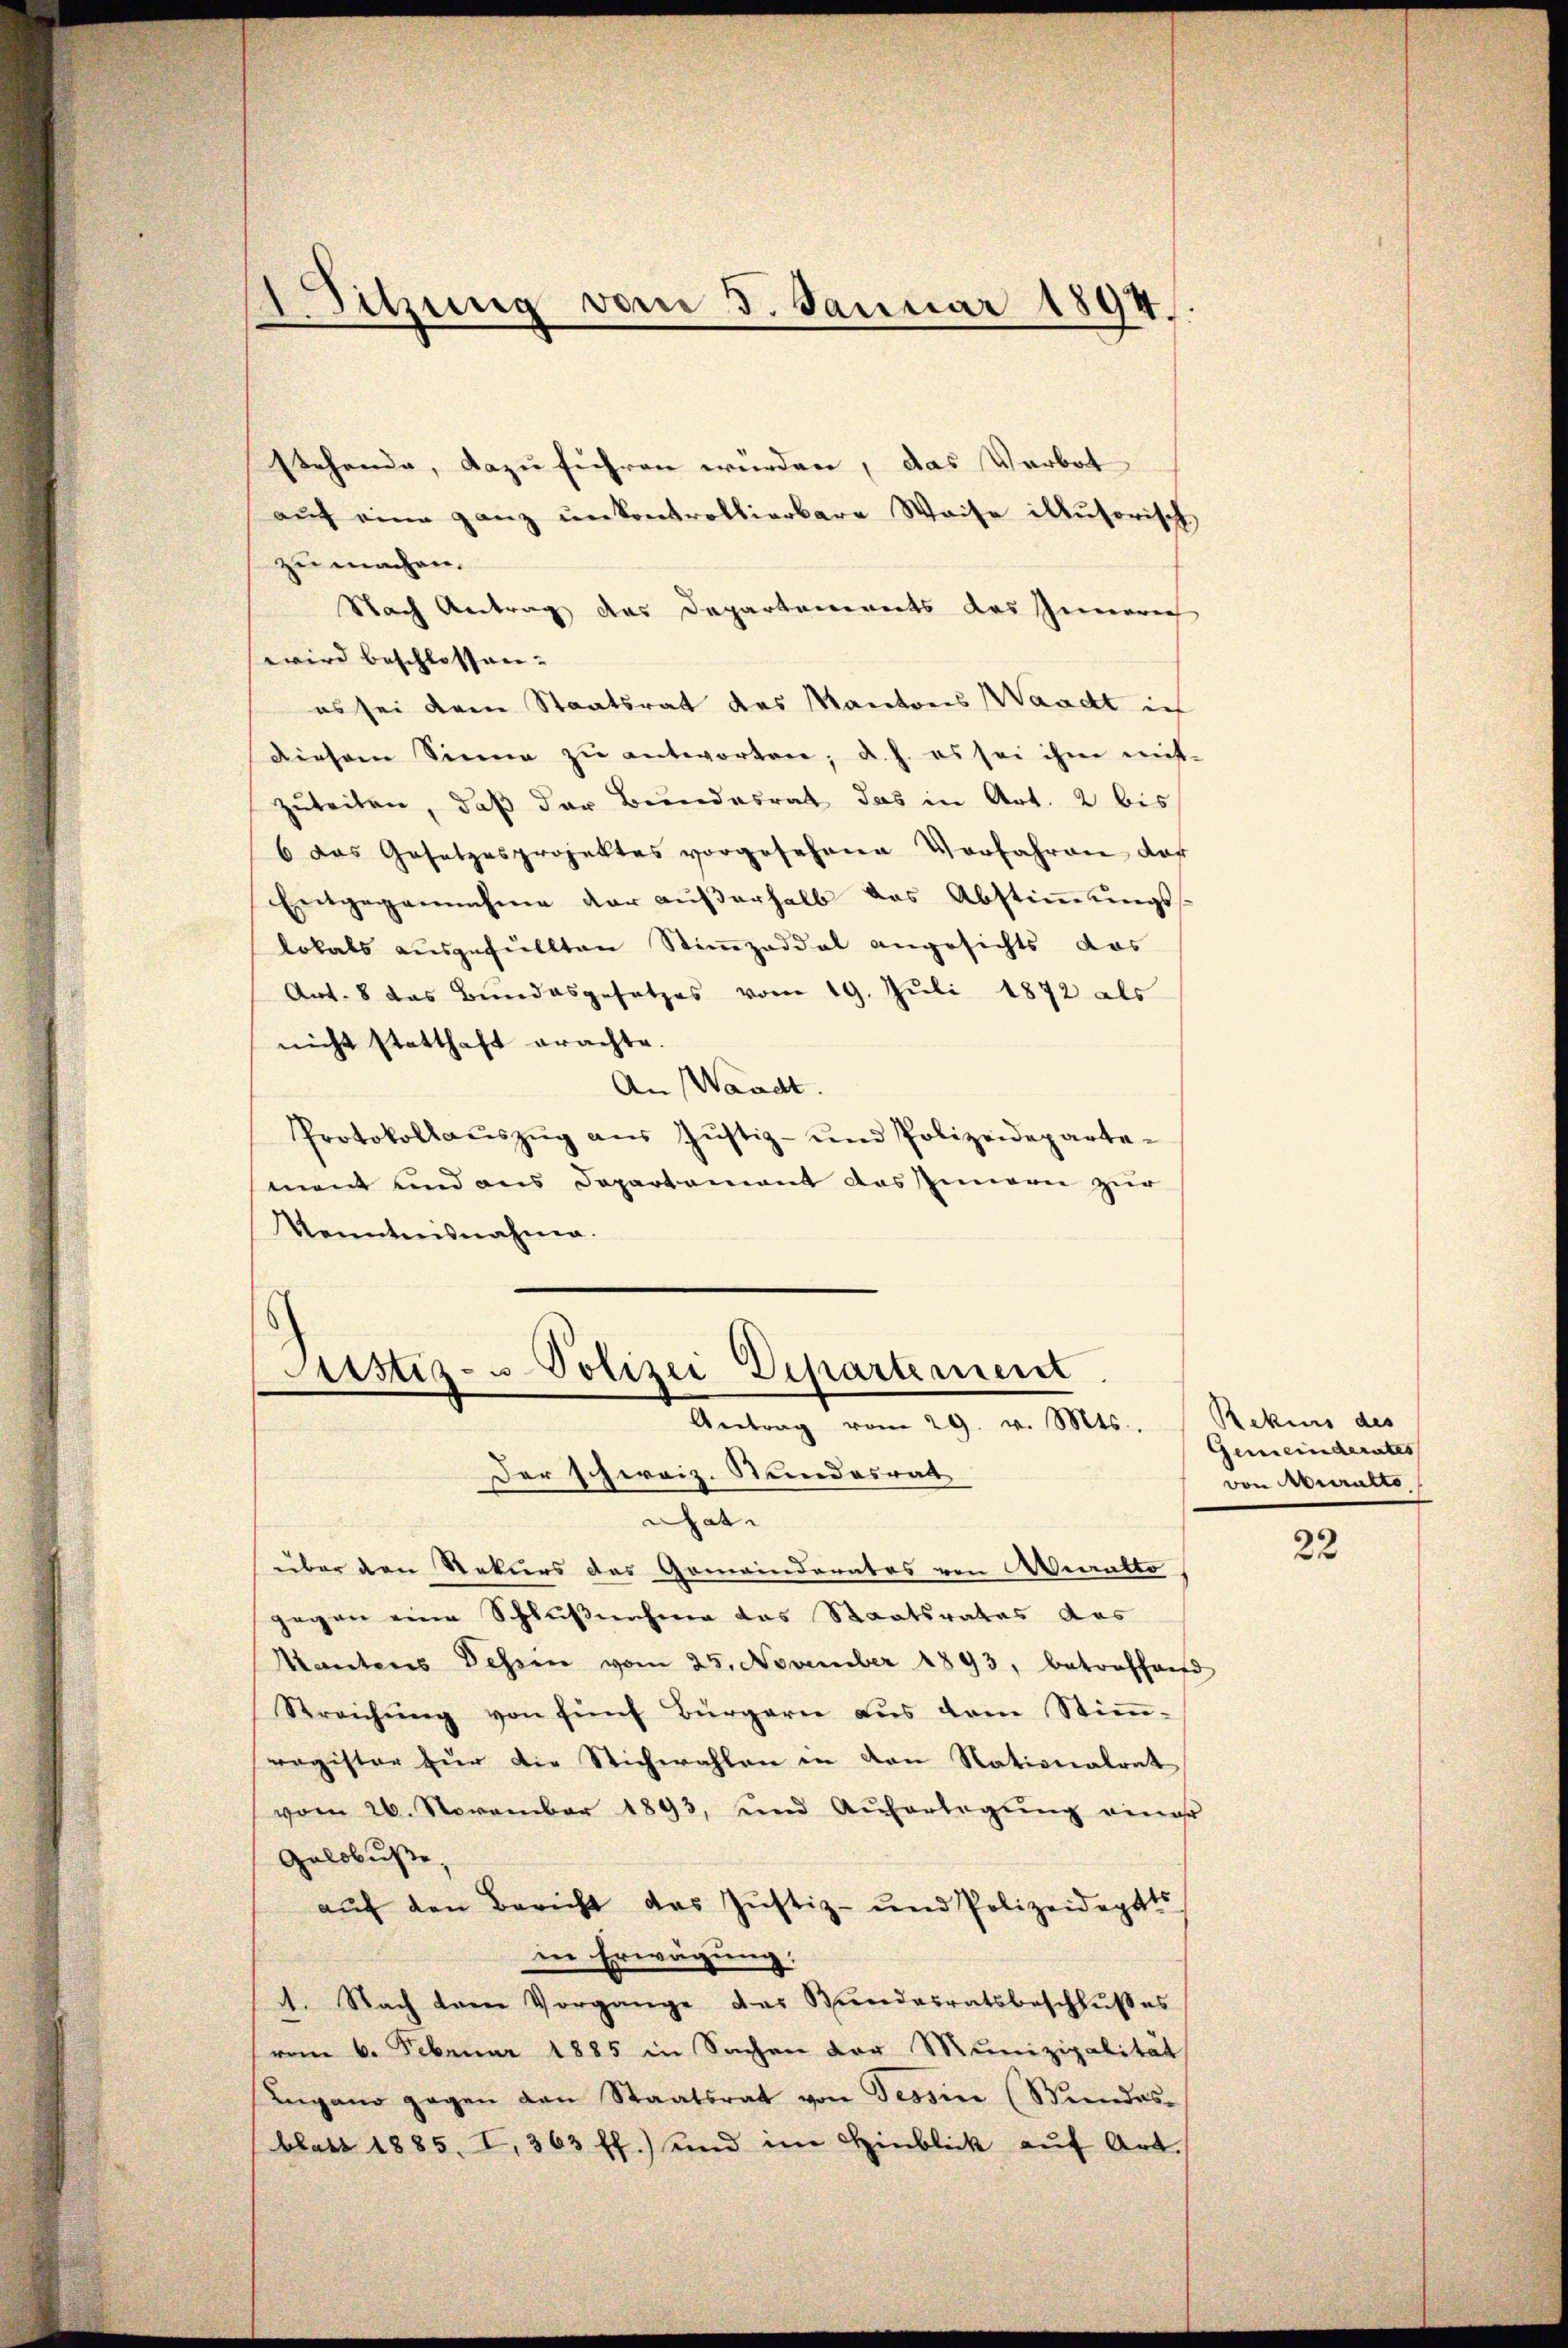
Sitzung vom 5. Januar 1894.

Stehende, dazu führen werden, das Verbot
aŭf eine ganz unkontrollierbare Waise illusorisch
zu machen.
Nach Antrag des Departements des Inneren
wird beschlossen.
es sei dem Staatsrat des Kantons Waadt ic
diesem Sinne zŭ antworten; d. h. es sei ihm nicht-
zuteilen, daß der Bundesrat das in Art. 2 bis
6 das Gesetzesprojektes vorgesehene Vorfahren dar
Entgegennahme der aŭβerhalb das Abstiṁŭngs-
lokals ausgefüllten Stimmzeddel angesichts das
Art. 8 das Bundesgesetzes vom 19. Juli 1872 als
nicht statthaft erachte
An Waadt.
Protokollaŭszŭg aŭs Jŭstiz- und Polizeideparte-
ment und aus Departement das Innern zur
Kenntnisnahme.

6
Justiz- u Polizei Departement
Antrag vom 29. v. Mts.

Der schweiz. Stundesrath
hat.
über den Rekurs des Gemeinderates von Aecratto
gegen eine Schlußnahme das Staatsrates das
Mantens dessen vom 25. November 1893, betreffend
Streichŭng von fünf Bürgern aus dem Stimm-
ragister für die Stichwahlen in den Nationalrat
vom 26. November 1893, und Aŭferlegŭng einer
Geldbusse,
aŭf den Bericht das Justiz- und Polizeideptts
in Erwägung.
d. Nach dem Vorgange des Bŭndesratsbeschlŭβes
vom 6. Februar 1885 in Sachen der Munizipalität
Lugano gegen den Staatsrat von Tessin (Mandasblatt 1885. I., 363 ff.) und im Hinblick aŭf Art.

Rekurs des
Gemeinderates
von Muralto

22